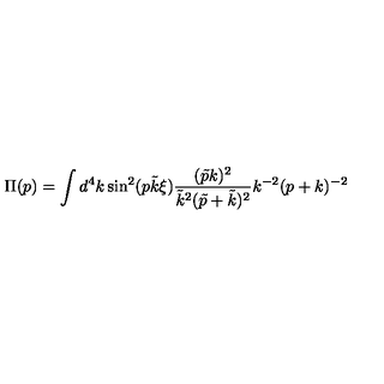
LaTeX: \Pi ( p ) = \int d ^ { 4 } k \sin ^ { 2 } ( p \tilde { k } \xi ) \frac { ( \tilde { p } k ) ^ { 2 } } { \tilde { k } ^ { 2 } ( \tilde { p } + \tilde { k } ) ^ { 2 } } k ^ { - 2 } ( p + k ) ^ { - 2 }